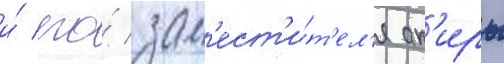
и́ его́ зам'ест'и́т'ел'я ак'иры